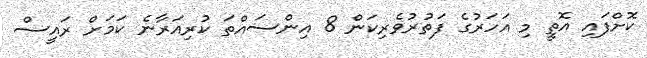
ކޮށްފައި އޮތީ މި އަހަރުގެ ފަތުރުވެރިކަން 8 އިންސައްތަ ކުރިއަރާނެ ކަމަށް ރައީސް